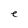
Character: e